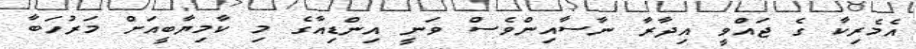
އެމެރިކާ ގެ ޖައްވީ އިދާރާ ނާސާއިންވެސް ވަނީ އިންޑިއާގެ މި ކާމިޔާބީއަށް މަރުހަބާ